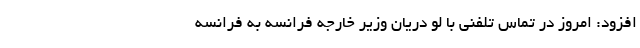
افزود: امروز در تماس تلفنی با لو دریان وزیر خارجه فرانسه به فرانسه